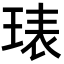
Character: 𭹙